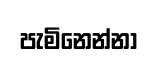
පැමිනෙන්නා